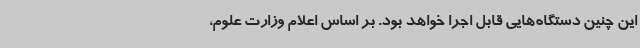
این چنین دستگاه‌هایی قابل اجرا خواهد بود. بر اساس اعلام وزارت علوم،